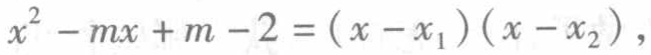
$x^{2}-mx + m - 2=(x - x_{1})(x - x_{2})$